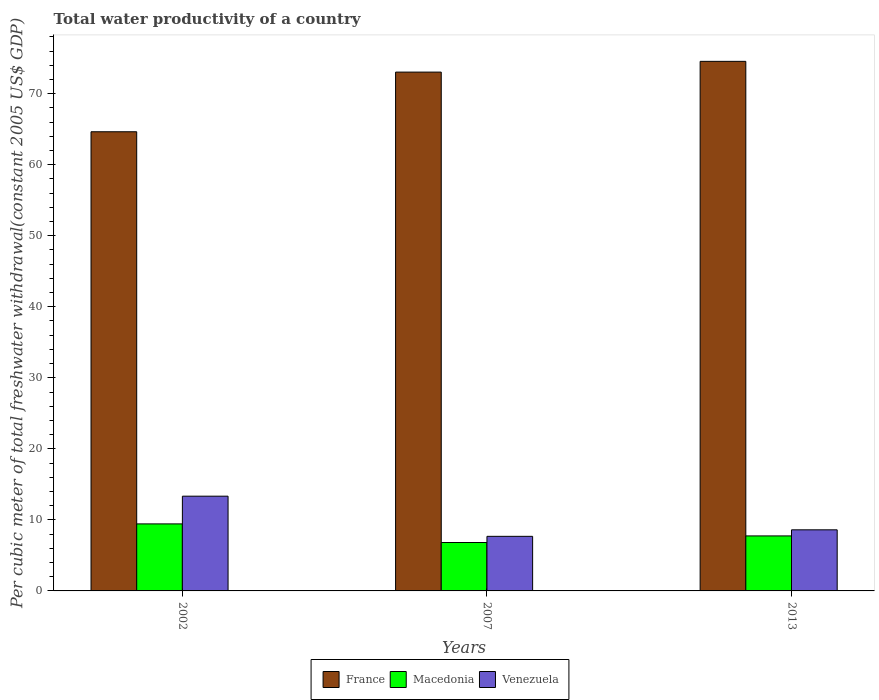
| Years | France | Macedonia | Venezuela |
 | --- | --- | --- | --- |
 | 2002 | 64.6 | 9.43 | 13.3 |
 | 2007 | 73 | 6.82 | 7.68 |
 | 2013 | 74.5 | 7.74 | 8.6 |